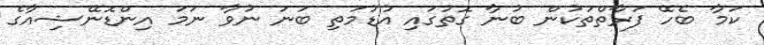
ކަމާ ބެހޭ ފަރާތްތަކުން ބުނާ ގޮތުގައި އުޑުމަތި ބަނަ ނުވާ ނަމަ އިންޑޮނޭޝިއާގެ